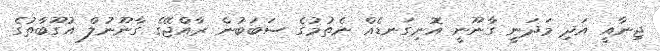
ޖިނާއީ އަދި މަދަނީ ގާނޫނީ އޮނިގަނޑެއް ނެތުމުގެ ސަބަބުން ރާއްޖޭގެ ގާނޫނުލް އުގޫބާތުގެ